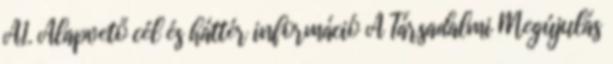
A1. Alapvető cél és háttér információ A Társadalmi Megújulás